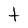
Character: t